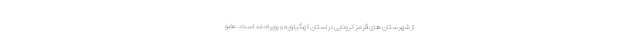
از شهرستان های قرمز کرونایی در استان کهگیلویه و بویراحمد است. عضو